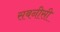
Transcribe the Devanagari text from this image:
सबनीसी